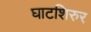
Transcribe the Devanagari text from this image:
घाटशिरुर